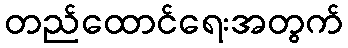
တည်ထောင်ရေးအတွက်